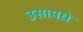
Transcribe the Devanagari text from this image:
उसामधे